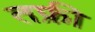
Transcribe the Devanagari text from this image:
तफ्री